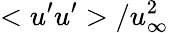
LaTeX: <u^{\prime}u^{\prime}>/u_{\infty}^{2}